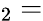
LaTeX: _2=